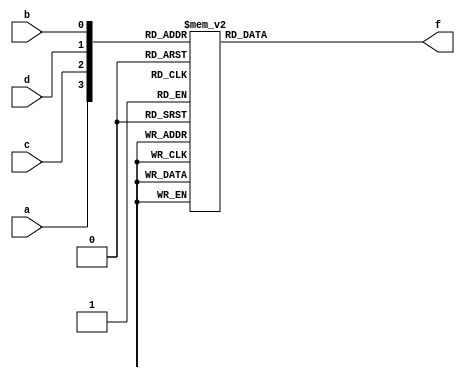
module week2 (input a, input b, input c, input d, output reg f);

always @ (a, b, c, d)
    case ({a,c,d,b})
        0:  f = 1;
        3:  f = 1;
        5:  f = 1;
        6:  f = 1;
        9:  f = 1;
        10: f = 1;
        12: f = 1;
        15: f = 1;
        default:  f = 0;
    endcase 

endmodule